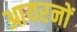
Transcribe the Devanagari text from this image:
आयरनों